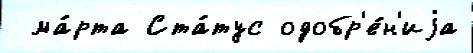
 ма́рта Ста́тус одобр'е́н'иjа